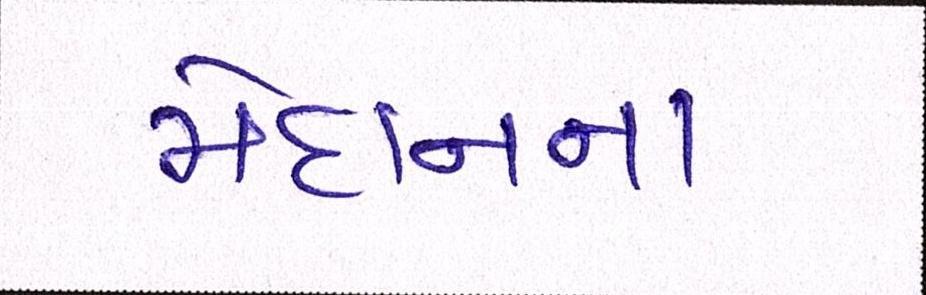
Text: મેદાનના